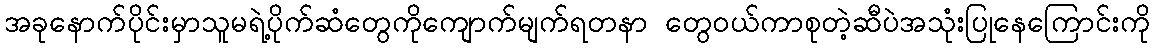
အခုနောက်ပိုင်းမှာသူမရဲ့ပိုက်ဆံတွေကိုကျောက်မျက်ရတနာ တွေဝယ်ကာစုတဲ့ဆီပဲအသုံးပြုနေကြောင်းကို